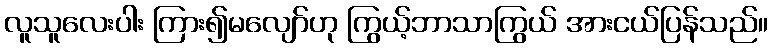
လူသူလေးပါး ကြား၍မလျော်ဟု ကြွယ့်ဘာသာကြွယ် အားငယ်ပြန်သည်။